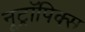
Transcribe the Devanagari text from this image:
नूट्रॉपिक्स